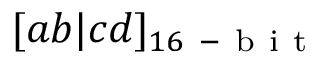
[ a b | c d ] _ { 1 6 \mathrm { ~ - ~ b ~ i ~ t ~ } }